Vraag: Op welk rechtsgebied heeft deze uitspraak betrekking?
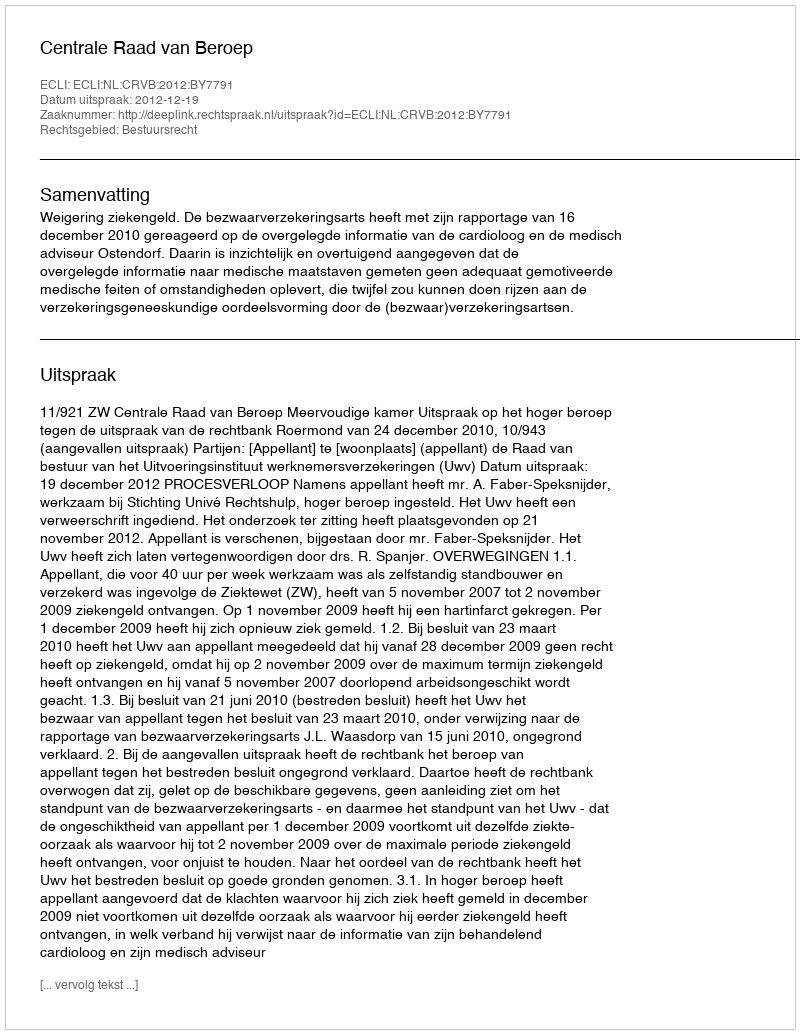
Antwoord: Bestuursrecht